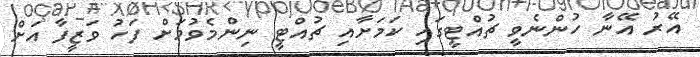
އޭރު އޭނާ ހުންނެވީ ޗުއްޓީގައި ކަމަށާއި ޗުއްޓީ ނިންމެވުމަށް ފަހު ވަޒީފާ އަށް